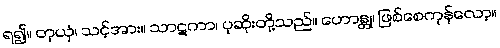
ရ၍။ တုယှံ၊ သင့်အား။ သာဋကာ၊ ပုဆိုးတို့သည်။ ဟောန္တု၊ ဖြစ်စေကုန်လော့။